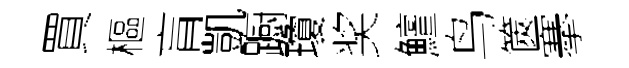
買樞肓凱蹰瓊奖鱣鸟篋搴